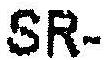
SR-